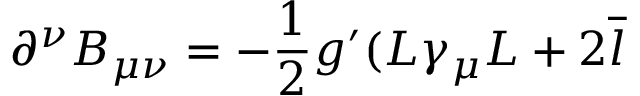
\partial ^ { \nu } B _ { \mu \nu } = - \frac 1 2 g ^ { \prime } ( L \gamma _ { \mu } L + 2 \overline { { { l } } }